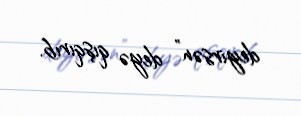
deyirsən” deyə qışqırıb.